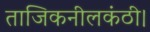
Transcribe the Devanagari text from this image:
ताजिकनीलकंठी।